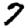
Digit: 7